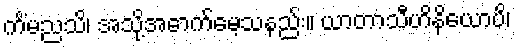
ကိံမညသိ၊ အသို့အောက်မေ့သနည်း။ ယာတာသီဟိနိယောပိ၊